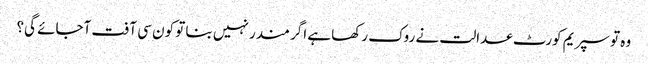
وہ تو سپریم کورٹ عدالت نے روک رکھا ہے اگر مندر نہیں بنا تو کون سی آفت آجائے گی؟